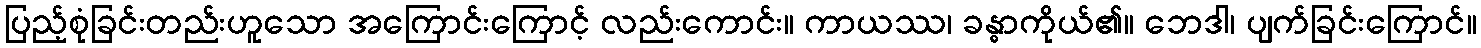
ပြည့်စုံခြင်းတည်းဟူသော အကြောင်းကြောင့် လည်းကောင်း။ ကာယဿ၊ ခန္ဓာကိုယ်၏။ ဘေဒါ၊ ပျက်ခြင်းကြောင်။